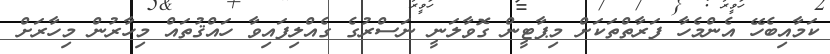
ކަމާއިބެހޭ އެންމެހާ ފަރާތްތަކަށް މިޕާޓީން ގޮވާލަނީ ނަސްރުގެ ގެއްލިފައިވާ ހައްޤުތައް މިހާރުން މިހާރަށް